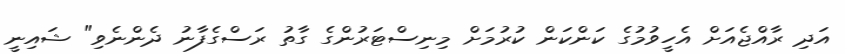
އަދި ރާއްޖެއަށް އެހީވުމުގެ ކަންކަން ކުރުމަށް މިނިސްޓަރުންގެ ގާތު ރަސްގެފާނު ދެންނެވި" ޝައިނީ